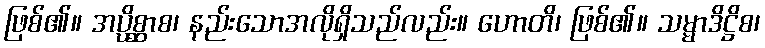
ဖြစ်၏။ အပ္ပိစ္ဆာစ၊ နည်းသောအလိုရှိသည်လည်း။ ဟောတိ၊ ဖြစ်၏။ သမ္မာဒိဋ္ဌိစ၊